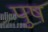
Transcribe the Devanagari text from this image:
पुष